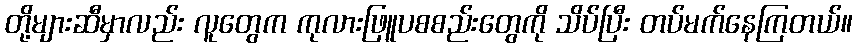
တို့များဆီမှာလည်း လူတွေက ကုလားဖြူပစစည်းတွေကို သိပ်ပြီး တပ်မက်နေကြတယ်။